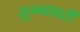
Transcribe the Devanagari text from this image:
सुम्नावरी